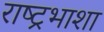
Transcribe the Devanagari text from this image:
राष्ट्रभाशा